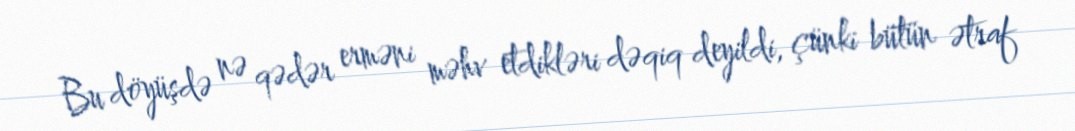
Bu döyüşdə nə qədər erməni məhv etdikləri dəqiq deyildi, çünki bütün ətraf